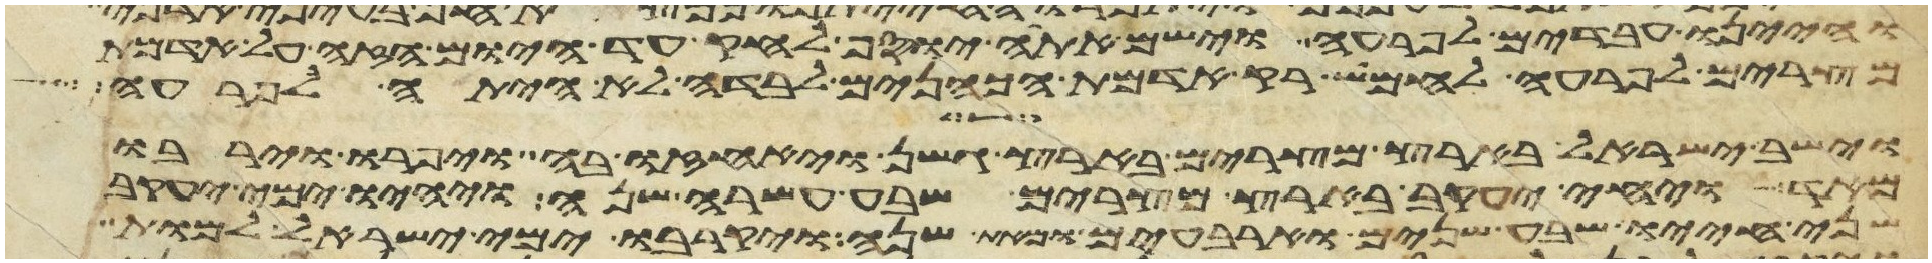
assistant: והיינו עבדים לפרעה וישם אתה יוסף לחק עד היום הזה על אדמת
מצרים לפרעה לחמוש רק אדמת הכהנים לבדה לא היתה לפרעה
וישב ישראל בארץ מצרים בארץ גשן ויאחזו בה ויפרו וירבו
מאד ויחי יעקב בארץ מצרים שבע עשרה שנה ויהיו ימי יעקב
שני חייו שבע שנים וארבעים ומאת שנה ויקרבו ימי ישראל למות